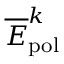
\overline { { E } } _ { \mathrm { { p o l } } } ^ { k }